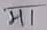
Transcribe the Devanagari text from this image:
मा।